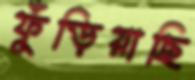
ফুঁড়িয়াছি